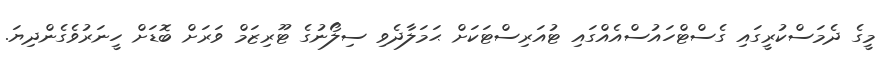
މީގެ ދެމަސްކުރީގައި ގެސްޓްހައުސްއެއްގައި ޓުއަރިސްޓަކަށް ޙަމަލާދެވި ސިލޯނުގެ ޓޫރިޒަމް ވަރަށް ބޮޑަށް ހީނަރުވެގެންދިޔަ.